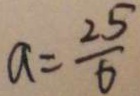
a = \frac { 2 5 } { 6 }